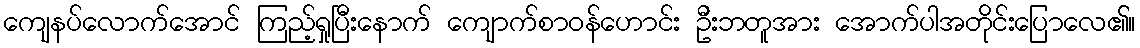
ကျေနပ်လောက်အောင် ကြည့်ရှုပြီးနောက် ကျောက်စာဝန်ဟောင်း ဦးဘတူအား အောက်ပါအတိုင်းပြောလေ၏။